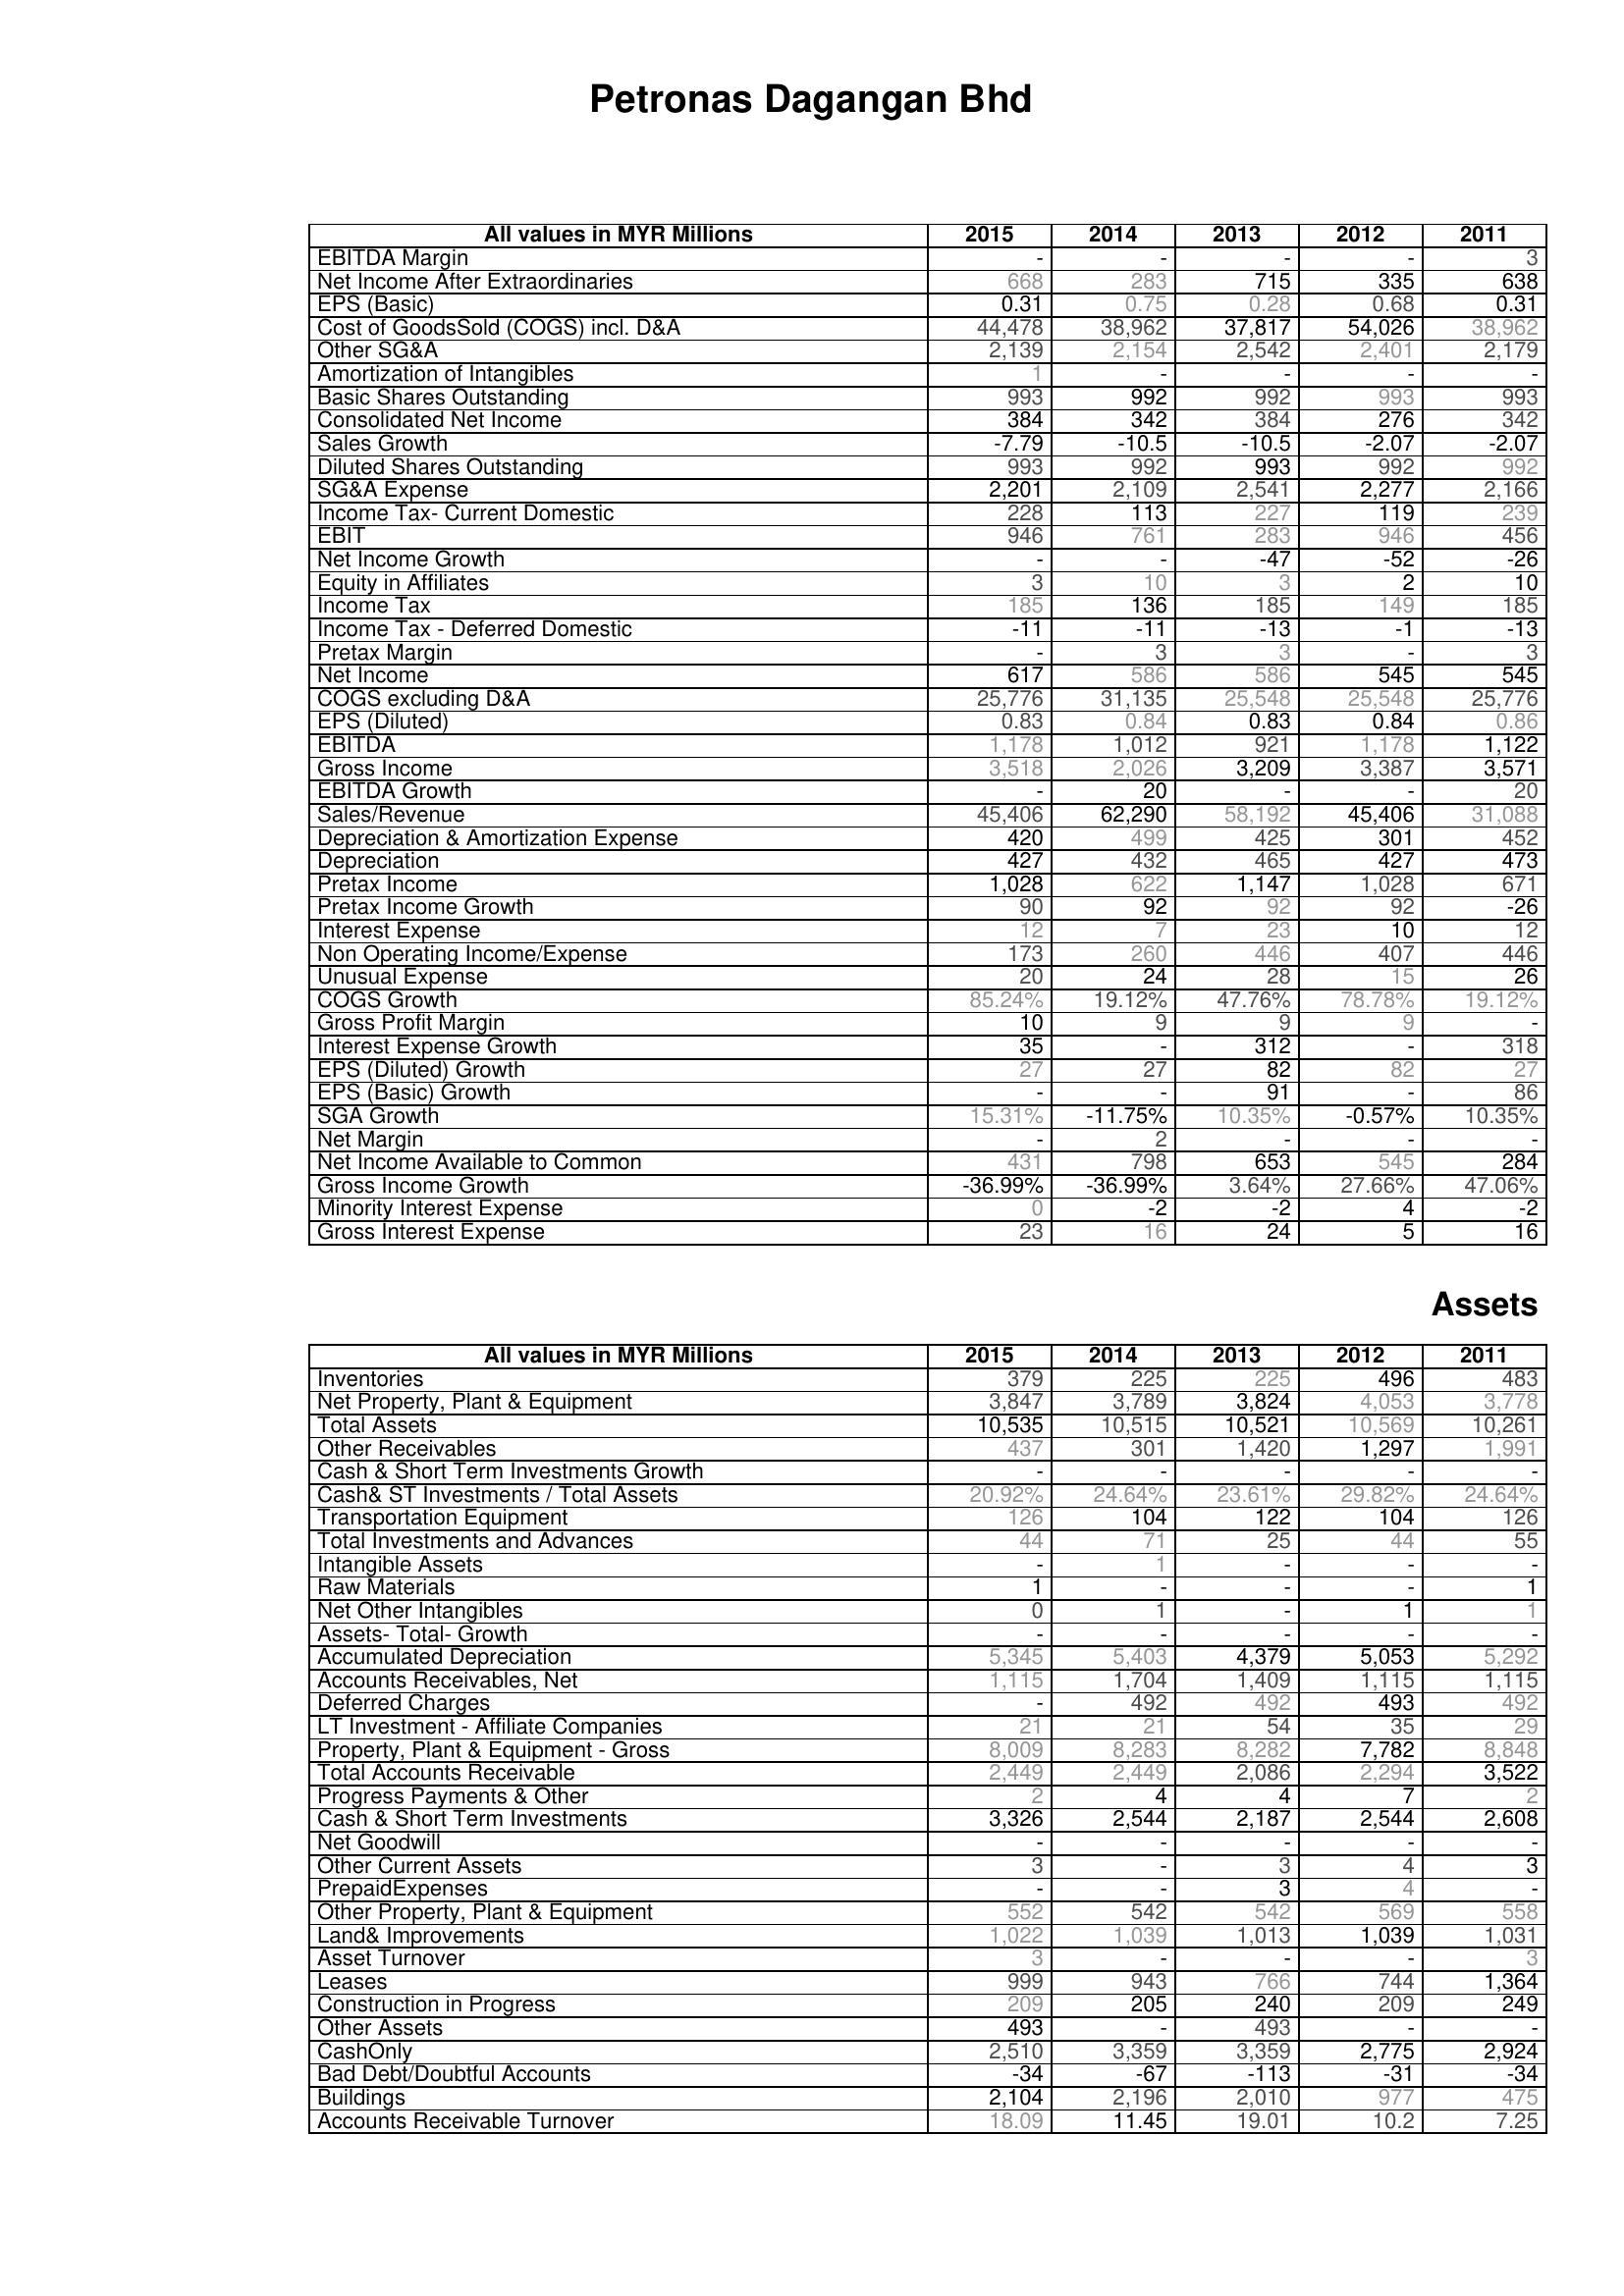
2015: : EBITDA Margin: -
Net Income After Extraordinaries: 668
EPS (Basic): 0.31
Cost of GoodsSold (COGS) incl. D&A: 44,478
Other SG&A: 2,139
Amortization of Intangibles: 1
Basic Shares Outstanding: 993
Consolidated Net Income: 384
Sales Growth: -7.79
Diluted Shares Outstanding: 993
SG&A Expense: 2,201
Income Tax- Current Domestic: 228
EBIT: 946
Net Income Growth: -
Equity in Affiliates: 3
Income Tax: 185
Income Tax - Deferred Domestic: -11
Pretax Margin: -
Net Income: 617
COGS excluding D&A: 25,776
EPS (Diluted): 0.83
EBITDA: 1,178
Gross Income: 3,518
EBITDA Growth: -
Sales/Revenue: 45,406
Depreciation & Amortization Expense: 420
Depreciation: 427
Pretax Income: 1,028
Pretax Income Growth: 90
Interest Expense: 12
Non Operating Income/Expense: 173
Unusual Expense: 20
COGS Growth: 85.24%
Gross Profit Margin: 10
Interest Expense Growth: 35
EPS (Diluted) Growth: 27
EPS (Basic) Growth: -
SGA Growth: 15.31%
Net Margin: -
Net Income Available to Common: 431
Gross Income Growth: -36.99%
Minority Interest Expense: 0
Gross Interest Expense: 23
Assets: Inventories: 379
Net Property, Plant & Equipment: 3,847
Total Assets: 10,535
Other Receivables: 437
Cash & Short Term Investments Growth: -
Cash& ST Investments / Total Assets: 20.92%
Transportation Equipment: 126
Total Investments and Advances: 44
Intangible Assets: -
Raw Materials: 1
Net Other Intangibles: 0
Assets- Total- Growth: -
Accumulated Depreciation: 5,345
Accounts Receivables, Net: 1,115
Deferred Charges: -
LT Investment - Affiliate Companies: 21
Property, Plant & Equipment - Gross : 8,009
Total Accounts Receivable: 2,449
Progress Payments & Other: 2
Cash & Short Term Investments: 3,326
Net Goodwill: -
Other Current Assets: 3
PrepaidExpenses: -
Other Property, Plant & Equipment: 552
Land& Improvements: 1,022
Asset Turnover: 3
Leases: 999
Construction in Progress: 209
Other Assets: 493
CashOnly: 2,510
Bad Debt/Doubtful Accounts: -34
Buildings: 2,104
Accounts Receivable Turnover: 18.09
2014: : EBITDA Margin: -
Net Income After Extraordinaries: 283
EPS (Basic): 0.75
Cost of GoodsSold (COGS) incl. D&A: 38,962
Other SG&A: 2,154
Amortization of Intangibles: -
Basic Shares Outstanding: 992
Consolidated Net Income: 342
Sales Growth: -10.5
Diluted Shares Outstanding: 992
SG&A Expense: 2,109
Income Tax- Current Domestic: 113
EBIT: 761
Net Income Growth: -
Equity in Affiliates: 10
Income Tax: 136
Income Tax - Deferred Domestic: -11
Pretax Margin: 3
Net Income: 586
COGS excluding D&A: 31,135
EPS (Diluted): 0.84
EBITDA: 1,012
Gross Income: 2,026
EBITDA Growth: 20
Sales/Revenue: 62,290
Depreciation & Amortization Expense: 499
Depreciation: 432
Pretax Income: 622
Pretax Income Growth: 92
Interest Expense: 7
Non Operating Income/Expense: 260
Unusual Expense: 24
COGS Growth: 19.12%
Gross Profit Margin: 9
Interest Expense Growth: -
EPS (Diluted) Growth: 27
EPS (Basic) Growth: -
SGA Growth: -11.75%
Net Margin: 2
Net Income Available to Common: 798
Gross Income Growth: -36.99%
Minority Interest Expense: -2
Gross Interest Expense: 16
Assets: Inventories: 225
Net Property, Plant & Equipment: 3,789
Total Assets: 10,515
Other Receivables: 301
Cash & Short Term Investments Growth: -
Cash& ST Investments / Total Assets: 24.64%
Transportation Equipment: 104
Total Investments and Advances: 71
Intangible Assets: 1
Raw Materials: -
Net Other Intangibles: 1
Assets- Total- Growth: -
Accumulated Depreciation: 5,403
Accounts Receivables, Net: 1,704
Deferred Charges: 492
LT Investment - Affiliate Companies: 21
Property, Plant & Equipment - Gross : 8,283
Total Accounts Receivable: 2,449
Progress Payments & Other: 4
Cash & Short Term Investments: 2,544
Net Goodwill: -
Other Current Assets: -
PrepaidExpenses: -
Other Property, Plant & Equipment: 542
Land& Improvements: 1,039
Asset Turnover: -
Leases: 943
Construction in Progress: 205
Other Assets: -
CashOnly: 3,359
Bad Debt/Doubtful Accounts: -67
Buildings: 2,196
Accounts Receivable Turnover: 11.45
2013: : EBITDA Margin: -
Net Income After Extraordinaries: 715
EPS (Basic): 0.28
Cost of GoodsSold (COGS) incl. D&A: 37,817
Other SG&A: 2,542
Amortization of Intangibles: -
Basic Shares Outstanding: 992
Consolidated Net Income: 384
Sales Growth: -10.5
Diluted Shares Outstanding: 993
SG&A Expense: 2,541
Income Tax- Current Domestic: 227
EBIT: 283
Net Income Growth: -47
Equity in Affiliates: 3
Income Tax: 185
Income Tax - Deferred Domestic: -13
Pretax Margin: 3
Net Income: 586
COGS excluding D&A: 25,548
EPS (Diluted): 0.83
EBITDA: 921
Gross Income: 3,209
EBITDA Growth: -
Sales/Revenue: 58,192
Depreciation & Amortization Expense: 425
Depreciation: 465
Pretax Income: 1,147
Pretax Income Growth: 92
Interest Expense: 23
Non Operating Income/Expense: 446
Unusual Expense: 28
COGS Growth: 47.76%
Gross Profit Margin: 9
Interest Expense Growth: 312
EPS (Diluted) Growth: 82
EPS (Basic) Growth: 91
SGA Growth: 10.35%
Net Margin: -
Net Income Available to Common: 653
Gross Income Growth: 3.64%
Minority Interest Expense: -2
Gross Interest Expense: 24
Assets: Inventories: 225
Net Property, Plant & Equipment: 3,824
Total Assets: 10,521
Other Receivables: 1,420
Cash & Short Term Investments Growth: -
Cash& ST Investments / Total Assets: 23.61%
Transportation Equipment: 122
Total Investments and Advances: 25
Intangible Assets: -
Raw Materials: -
Net Other Intangibles: -
Assets- Total- Growth: -
Accumulated Depreciation: 4,379
Accounts Receivables, Net: 1,409
Deferred Charges: 492
LT Investment - Affiliate Companies: 54
Property, Plant & Equipment - Gross : 8,282
Total Accounts Receivable: 2,086
Progress Payments & Other: 4
Cash & Short Term Investments: 2,187
Net Goodwill: -
Other Current Assets: 3
PrepaidExpenses: 3
Other Property, Plant & Equipment: 542
Land& Improvements: 1,013
Asset Turnover: -
Leases: 766
Construction in Progress: 240
Other Assets: 493
CashOnly: 3,359
Bad Debt/Doubtful Accounts: -113
Buildings: 2,010
Accounts Receivable Turnover: 19.01
2012: : EBITDA Margin: -
Net Income After Extraordinaries: 335
EPS (Basic): 0.68
Cost of GoodsSold (COGS) incl. D&A: 54,026
Other SG&A: 2,401
Amortization of Intangibles: -
Basic Shares Outstanding: 993
Consolidated Net Income: 276
Sales Growth: -2.07
Diluted Shares Outstanding: 992
SG&A Expense: 2,277
Income Tax- Current Domestic: 119
EBIT: 946
Net Income Growth: -52
Equity in Affiliates: 2
Income Tax: 149
Income Tax - Deferred Domestic: -1
Pretax Margin: -
Net Income: 545
COGS excluding D&A: 25,548
EPS (Diluted): 0.84
EBITDA: 1,178
Gross Income: 3,387
EBITDA Growth: -
Sales/Revenue: 45,406
Depreciation & Amortization Expense: 301
Depreciation: 427
Pretax Income: 1,028
Pretax Income Growth: 92
Interest Expense: 10
Non Operating Income/Expense: 407
Unusual Expense: 15
COGS Growth: 78.78%
Gross Profit Margin: 9
Interest Expense Growth: -
EPS (Diluted) Growth: 82
EPS (Basic) Growth: -
SGA Growth: -0.57%
Net Margin: -
Net Income Available to Common: 545
Gross Income Growth: 27.66%
Minority Interest Expense: 4
Gross Interest Expense: 5
Assets: Inventories: 496
Net Property, Plant & Equipment: 4,053
Total Assets: 10,569
Other Receivables: 1,297
Cash & Short Term Investments Growth: -
Cash& ST Investments / Total Assets: 29.82%
Transportation Equipment: 104
Total Investments and Advances: 44
Intangible Assets: -
Raw Materials: -
Net Other Intangibles: 1
Assets- Total- Growth: -
Accumulated Depreciation: 5,053
Accounts Receivables, Net: 1,115
Deferred Charges: 493
LT Investment - Affiliate Companies: 35
Property, Plant & Equipment - Gross : 7,782
Total Accounts Receivable: 2,294
Progress Payments & Other: 7
Cash & Short Term Investments: 2,544
Net Goodwill: -
Other Current Assets: 4
PrepaidExpenses: 4
Other Property, Plant & Equipment: 569
Land& Improvements: 1,039
Asset Turnover: -
Leases: 744
Construction in Progress: 209
Other Assets: -
CashOnly: 2,775
Bad Debt/Doubtful Accounts: -31
Buildings: 977
Accounts Receivable Turnover: 10.2
2011: : EBITDA Margin: 3
Net Income After Extraordinaries: 638
EPS (Basic): 0.31
Cost of GoodsSold (COGS) incl. D&A: 38,962
Other SG&A: 2,179
Amortization of Intangibles: -
Basic Shares Outstanding: 993
Consolidated Net Income: 342
Sales Growth: -2.07
Diluted Shares Outstanding: 992
SG&A Expense: 2,166
Income Tax- Current Domestic: 239
EBIT: 456
Net Income Growth: -26
Equity in Affiliates: 10
Income Tax: 185
Income Tax - Deferred Domestic: -13
Pretax Margin: 3
Net Income: 545
COGS excluding D&A: 25,776
EPS (Diluted): 0.86
EBITDA: 1,122
Gross Income: 3,571
EBITDA Growth: 20
Sales/Revenue: 31,088
Depreciation & Amortization Expense: 452
Depreciation: 473
Pretax Income: 671
Pretax Income Growth: -26
Interest Expense: 12
Non Operating Income/Expense: 446
Unusual Expense: 26
COGS Growth: 19.12%
Gross Profit Margin: -
Interest Expense Growth: 318
EPS (Diluted) Growth: 27
EPS (Basic) Growth: 86
SGA Growth: 10.35%
Net Margin: -
Net Income Available to Common: 284
Gross Income Growth: 47.06%
Minority Interest Expense: -2
Gross Interest Expense: 16
Assets: Inventories: 483
Net Property, Plant & Equipment: 3,778
Total Assets: 10,261
Other Receivables: 1,991
Cash & Short Term Investments Growth: -
Cash& ST Investments / Total Assets: 24.64%
Transportation Equipment: 126
Total Investments and Advances: 55
Intangible Assets: -
Raw Materials: 1
Net Other Intangibles: 1
Assets- Total- Growth: -
Accumulated Depreciation: 5,292
Accounts Receivables, Net: 1,115
Deferred Charges: 492
LT Investment - Affiliate Companies: 29
Property, Plant & Equipment - Gross : 8,848
Total Accounts Receivable: 3,522
Progress Payments & Other: 2
Cash & Short Term Investments: 2,608
Net Goodwill: -
Other Current Assets: 3
PrepaidExpenses: -
Other Property, Plant & Equipment: 558
Land& Improvements: 1,031
Asset Turnover: 3
Leases: 1,364
Construction in Progress: 249
Other Assets: -
CashOnly: 2,924
Bad Debt/Doubtful Accounts: -34
Buildings: 475
Accounts Receivable Turnover: 7.25